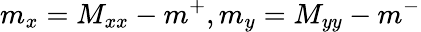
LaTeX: m_{x}=M_{xx}-m^{+},m_{y}=M_{yy}-m^{-}